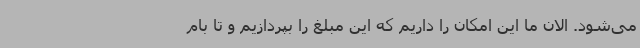
می‌شود. الان ما این امکان را داریم که این مبلغ را بپردازیم و تا بام